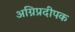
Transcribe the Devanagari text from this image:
अग्निप्रदीपक